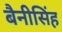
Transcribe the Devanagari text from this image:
बैनीसिंह